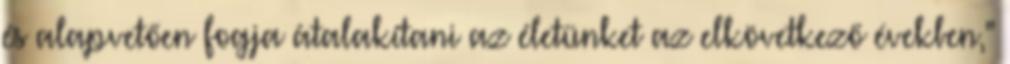
és alapvetően fogja átalakítani az életünket az elkövetkező években,"